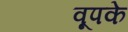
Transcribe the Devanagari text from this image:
वूपके